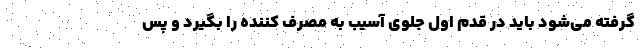
گرفته می‌شود باید در قدم اول جلوی آسیب به مصرف کننده را بگیرد و پس